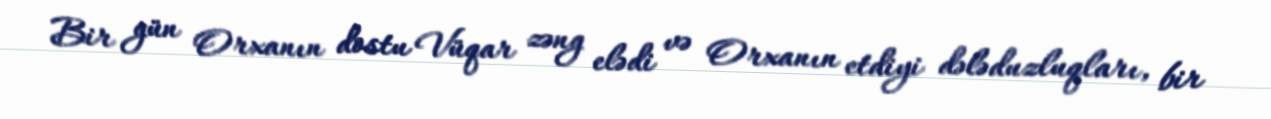
Bir gün Orxanın dostu Vüqar zəng elədi və Orxanın etdiyi dələduzluqları, bir